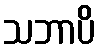
သဘာပိ